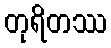
တုရိတဿ